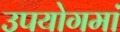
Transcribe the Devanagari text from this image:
उपयोगमां